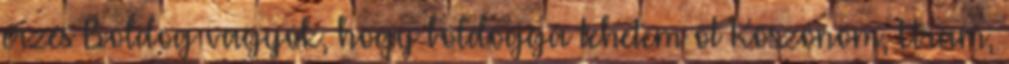
érzés Boldog vagyok, hogy boldoggá tehetem őt Köszönöm, Uram,